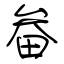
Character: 畚